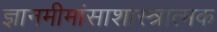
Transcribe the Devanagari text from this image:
ज्ञानमीमांसाशास्त्रात्मक